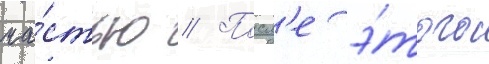
ча́стью // Посл'е э́того